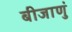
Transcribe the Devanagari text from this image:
बीजाणुं